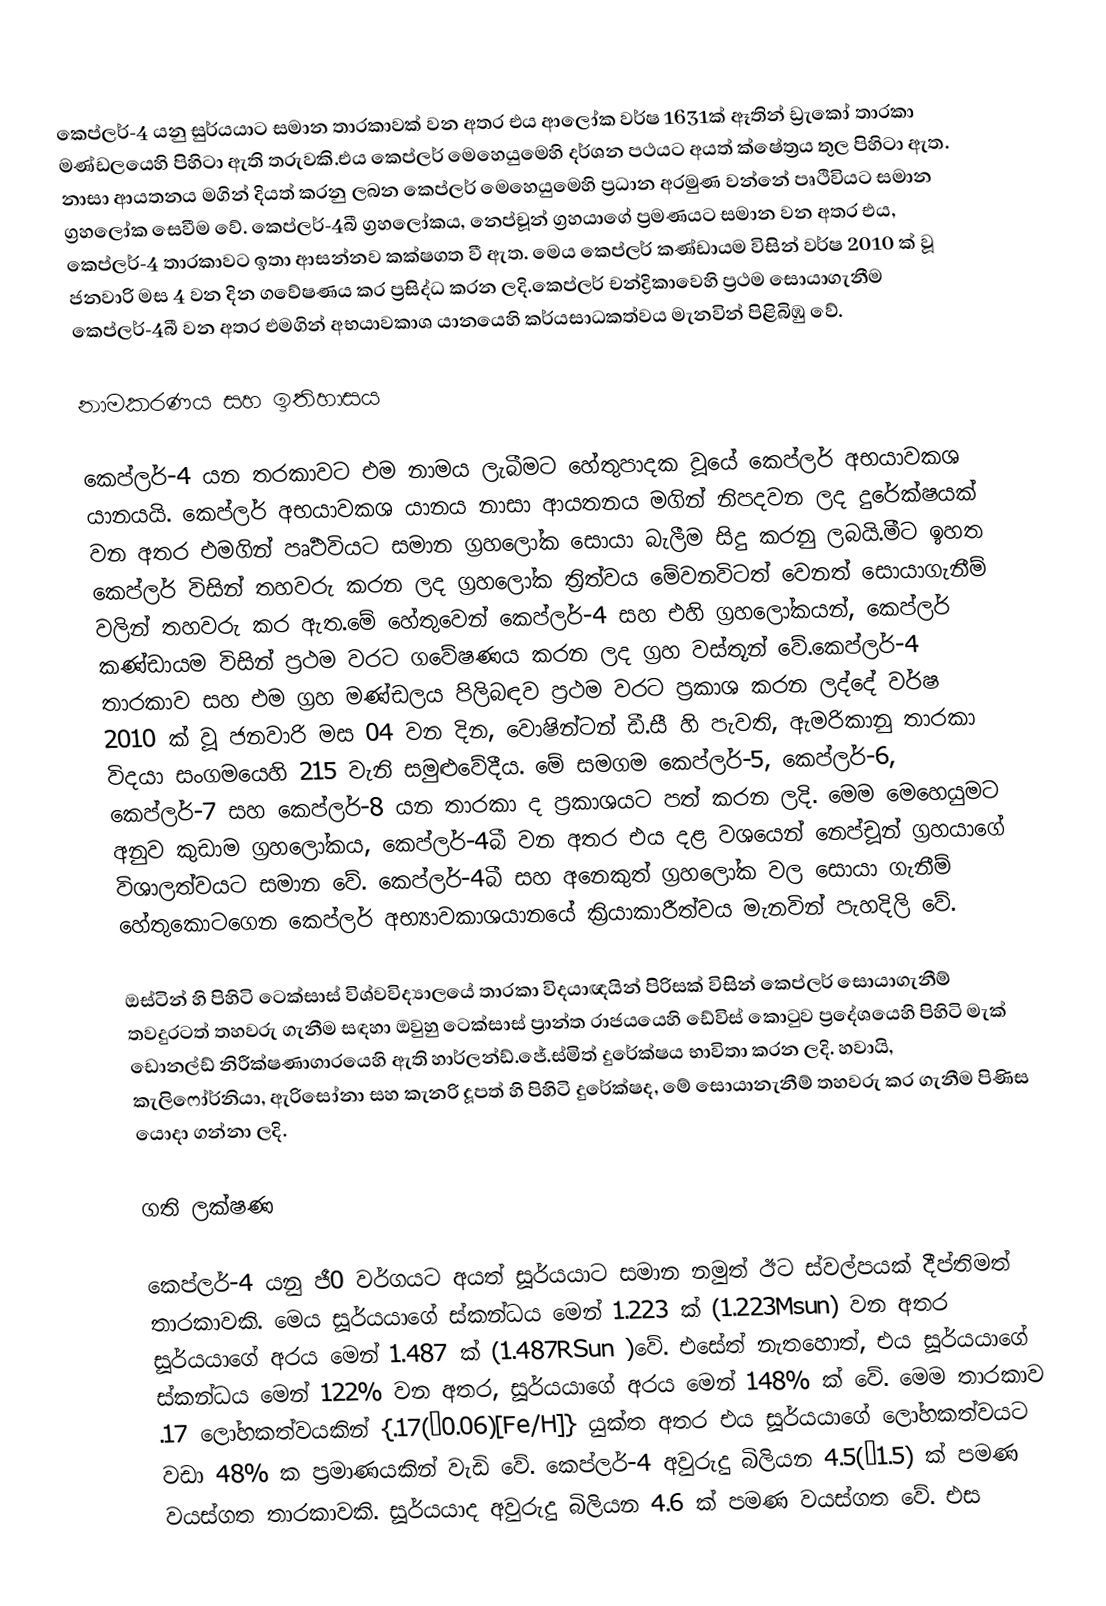
කෙප්ලර්-4  යනු සුර්යයාට සමාන තාරකාවක් වන අතර එය ආලෝක වර්ෂ 1631ක් ඈතින් ඩ්‍රැකෝ තාරකා මණ්ඩලයෙහි පිහිටා ඇති තරුවකි.එය කෙප්ලර් මෙහෙයුමෙහි දර්ශන පථයට අයත් ක්ෂේත්‍රය තුල පිහිටා ඇත. නාසා ආයතනය මගින් දියත් කරනු ලබන කෙප්ලර් මෙහෙයුමෙහි ප්‍රධාන අරමුණ වන්නේ පෘථිවියට සමාන ග්‍රහලෝක සෙවීම වේ. කෙප්ලර්-4බී ග්‍රහලෝකය, නෙප්චූන් ග්‍රහයාගේ ප්‍රමණයට සමාන වන අතර එය, කෙප්ලර්-4 තාරකාවට ඉතා ආසන්නව කක්ෂගත වී ඇත. මෙය කෙප්ලර් කණ්ඩායම විසින් වර්ෂ 2010 ක් වූ ජනවාරි මස 4 වන දින ගවේෂණය කර ප්‍රසිද්ධ කරන ලදි.කෙප්ලර් චන්ද්‍රිකාවෙහි ප්‍රථම සොයාගැනීම කෙප්ලර්-4බී වන අතර එමගින් අභයාවකාශ යානයෙහි කර්යසාධකත්වය මැනවින් පිළිබිඹු වේ.

නාමකරණය සහ ඉතිහාසය

කෙප්ලර්-4 යන තරකාවට එම නාමය ලැබීමට හේතුපාදක වූයේ කෙප්ලර් අභ‍යාවකශ යානයයි. කෙප්ලර් අභයාවකශ යානය නාසා ආයතනය මගින් නිපදවන ලද දුරේක්ෂයක් වන අතර එමගින් පෘර්‍ථවියට සමාන ග්‍රහලෝක සොයා බැලීම සිදු කරනු ලබයි.මීට ඉහත කෙප්ලර් විසින් තහවරු කරන ලද ග්‍රහලෝක ත්‍රිත්වය මේවනවිටත් වෙනත් සොයාගැනීම් වලින් තහවරු කර ඇත.මේ හේතුවෙන් කෙප්ලර්-4 සහ එහි ග්‍රහලෝකයන්, කෙප්ලර් කණ්ඩායම විසින් ප්‍රථම වරට ගවේෂණය කරන ලද ග්‍රහ වස්තූන් වේ.කෙප්ලර්-4 තාරකාව සහ එම ග්‍රහ මණ්ඩලය පිලිබඳව ප්‍රථම වරට ප්‍රකාශ කරන ලද්දේ වර්ෂ 2010 ක් වූ ජනවාරි මස 04 වන දින, වොෂින්ටන් ඩී.සී හි පැවති, ඇමරිකානු තාරකා විද‍යා සංගමයෙහි 215 වැනි සමුළුවේදීය. මේ සමගම කෙප්ලර්-5, කෙප්ලර්-6, කෙප්ලර්-7 සහ කෙප්ලර්-8 යන තාරකා ද ප්‍රකාශයට පත් කරන ලදි. මෙම මෙහෙයුමට අනුව කුඩාම ග්‍රහලෝකය, කෙප්ලර්-4බී වන අතර එය දළ වශයෙන් නෙප්චූන් ග්‍රහයාගේ විශාලත්වයට සමාන වේ. කෙප්ලර්-4බී සහ අනෙකුත් ග්‍රහලෝක වල සොයා ගැනීම් හේතුකොටගෙන කෙප්ලර් අභ්‍යාවකාශයානයේ ක්‍රියාකාරීත්වය මැනවින් පැහදිලි වේ.

ඔස්ටින් හි පිහිටි ටෙක්සාස් විශ්වවිද්‍යාලයේ තාරකා විදයාඥයින් පිරිසක් විසින් කෙප්ලර් සොයාගැනීම් තවදුරටත් තහවරු ගැනීම සඳහා ඔවුහු ටෙක්සාස් ප්‍රාන්ත රාජයයෙහි ඩේවිස් කොටුව ප්‍රදේශයෙහි පිහිටි මැක් ඩොනල්ඩ් නිරීක්ෂණාගාරයෙහි ඇති හාර්ලන්ඩ්.ජේ.ස්මිත් දුරේක්ෂය භාවිතා කරන ලදි. හවායි, කැලිෆෝර්නියා, ඇරිසෝනා සහ කැනරි දූපත් හි පිහිටි දුරේක්ෂද, මේ සොයානැනීම් තහවරු කර ගැනීම පිණිස යොදා ගන්නා ලදි.

ගති ලක්ෂණ

කෙප්ලර්-4 යනු ජී0 වර්ගයට අයත් සූර්යයාට සමාන නමුත් ඊට ස්වල්පයක් දීප්තිමත් තාරකාවකි. මෙය සූර්යයාගේ ස්කන්ධය මෙන් 1.223 ක් (1.223Msun) වන අතර සූර්යයාගේ අරය මෙන් 1.487 ක් (1.487RSun )වේ. එසේත් නැතහොත්, එය සූර්යයාගේ ස්කන්ධය මෙන් 122% වන අතර, සූර්යයාගේ අරය මෙන් 148% ක් වේ. මෙම තාරකාව .17 ලෝහකත්වයකින් {.17(±0.06)[Fe/H]} යුක්ත අතර එය සූර්යයාගේ ලෝහකත්වයට වඩා 48% ක ප්‍රමාණයකින් වැඩි වේ. කෙප්ලර්-4 අවුරුදු බිලියන 4.5(±1.5) ක් පමණ වයස්ගත තාරකාවකි. සූර්යයාද අවුරුදු බිලියන 4.6 ක් පමණ වයස්ගත වේ. එස